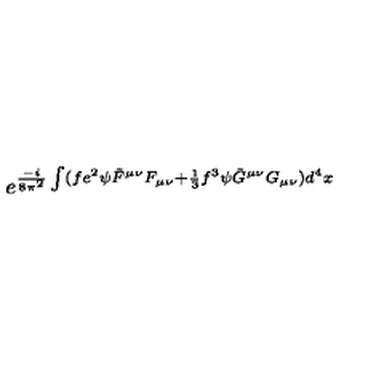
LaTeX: e ^ { { \frac { - i } { 8 \pi ^ { 2 } } } \int ( f e ^ { 2 } \psi \tilde { F } ^ { \mu \nu } F _ { \mu \nu } + { \frac { 1 } { 3 } } f ^ { 3 } \psi \tilde { G } ^ { \mu \nu } G _ { \mu \nu } ) d ^ { 4 } x }